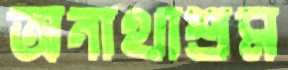
অনাথাশ্রম